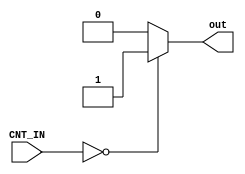
`timescale 1ns / 1ps

module CNT_zero(    input [2:0] CNT_IN,
                    output reg out );

always @ (*)
begin
    if ( CNT_IN == 0 )
        out = 1;
    else
        out = 0;

end
endmodule